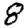
Digit: 8